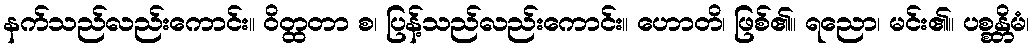
နက်သည်လည်းကောင်း။ ဝိတ္ထတာ စ၊ ပြန့်သည်လည်းကောင်း။ ဟောတိ၊ ဖြစ်၏။ ရညော၊ မင်း၏။ ပစ္စန္တိမံ၊